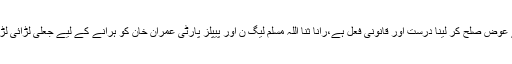
پیسوں کے عوض صلح کر لینا درست اور قانونی فعل ہے،رانا ثنا اللہ مسلم لیگ ن اور پیپلز پارٹی عمران خان کو ہرانے کے لیے جعلی لڑائی لڑ رہے ہیں۔